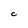
Character: C